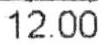
12.00